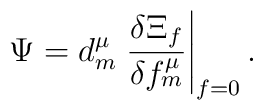
\Psi=d^\mu_m\left.\frac{\delta\Xi_f}{\delta f^\mu_m}\right|_{f=0}.